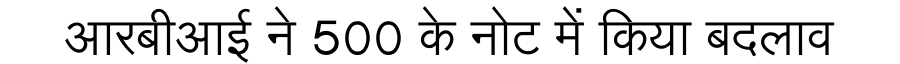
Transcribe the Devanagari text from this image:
आरबीआई ने 500 के नोट में किया बदलाव